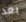
بعد